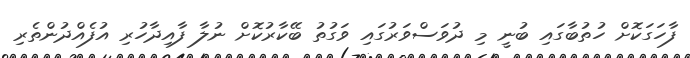
ފާހަގަކޮށް ހުތުބާގައި ބުނީ މި ދުވަސްވަރުގައި ވަގުތު ބޭކާރުކޮށް ނުލާ ފާއިދާހުރި އުފެއްދުންތެރި